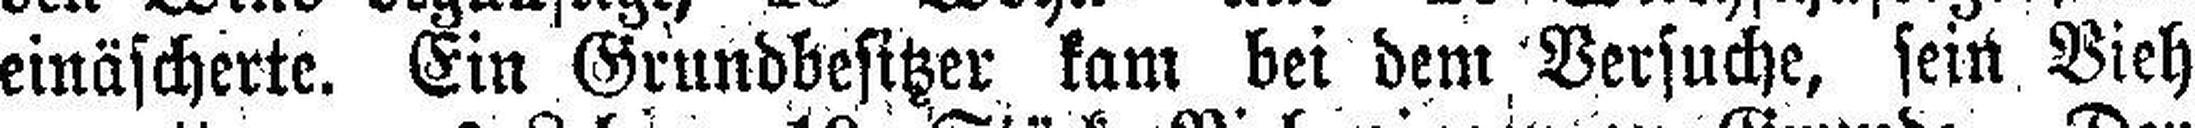
einäscherte. Ein Grundbesitzer kam bei dem Versuche, sein Vieh